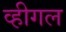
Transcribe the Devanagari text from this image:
व्हीगल